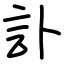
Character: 訃